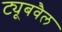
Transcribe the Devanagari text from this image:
ट्यूबवैल